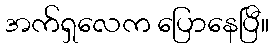
အက်ရှလေက ပြောနေပြီ။